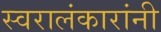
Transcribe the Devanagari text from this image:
स्वरालंकारांनी